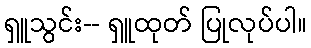
ရှူသွင်း-- ရှူထုတ် ပြုလုပ်ပါ။